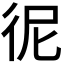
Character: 𢓚